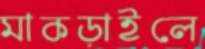
মাকড়াইলে